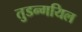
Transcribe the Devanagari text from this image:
तुडन्गयिल